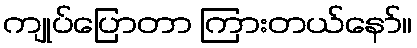
ကျုပ်ပြောတာ ကြားတယ်နော်။